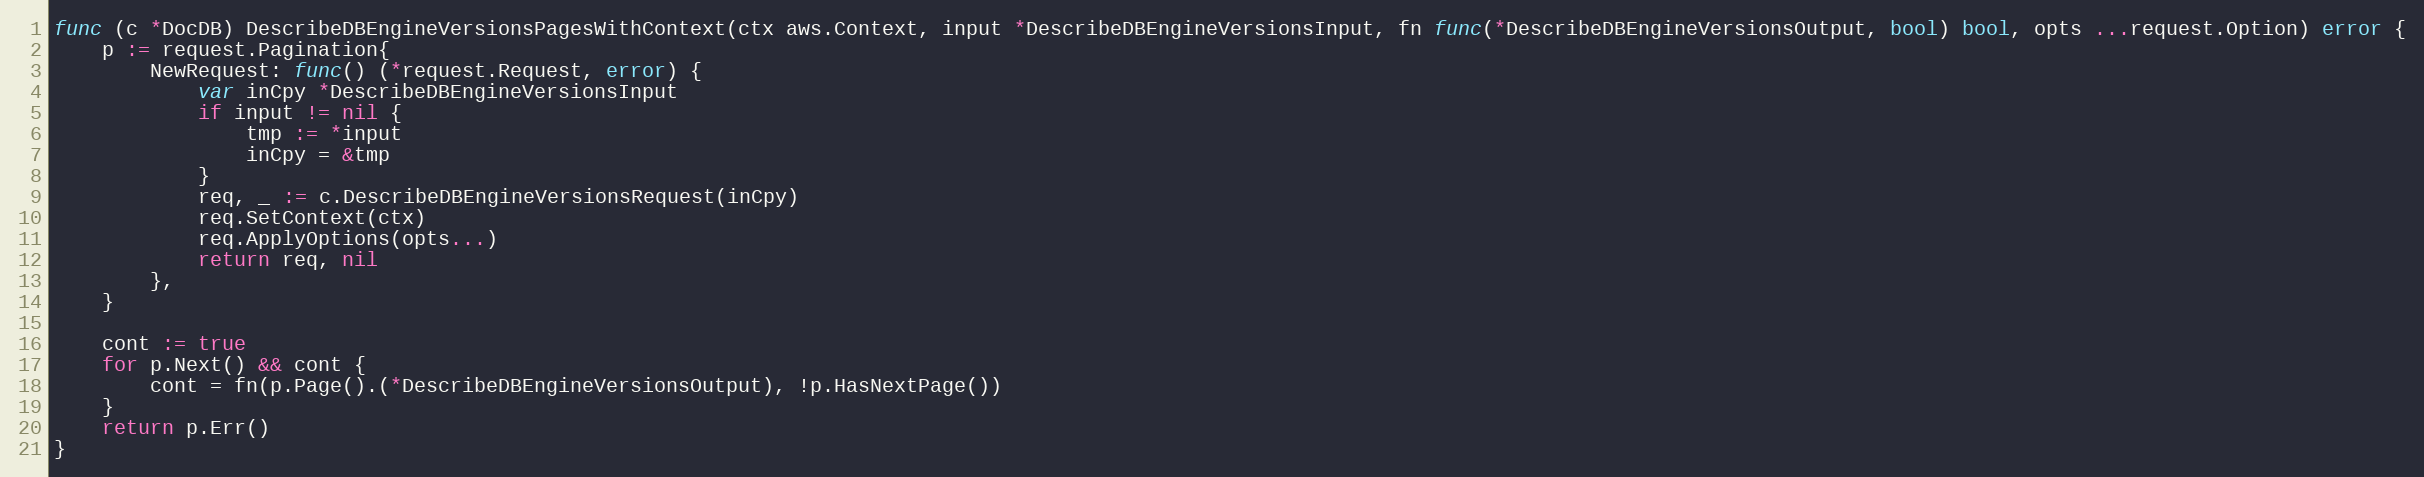
Language: Go
func (c *DocDB) DescribeDBEngineVersionsPagesWithContext(ctx aws.Context, input *DescribeDBEngineVersionsInput, fn func(*DescribeDBEngineVersionsOutput, bool) bool, opts ...request.Option) error {
	p := request.Pagination{
		NewRequest: func() (*request.Request, error) {
			var inCpy *DescribeDBEngineVersionsInput
			if input != nil {
				tmp := *input
				inCpy = &tmp
			}
			req, _ := c.DescribeDBEngineVersionsRequest(inCpy)
			req.SetContext(ctx)
			req.ApplyOptions(opts...)
			return req, nil
		},
	}

	cont := true
	for p.Next() && cont {
		cont = fn(p.Page().(*DescribeDBEngineVersionsOutput), !p.HasNextPage())
	}
	return p.Err()
}